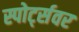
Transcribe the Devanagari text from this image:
स्पोर्ट्सवर